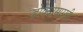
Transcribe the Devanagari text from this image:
डोक्यासारखी